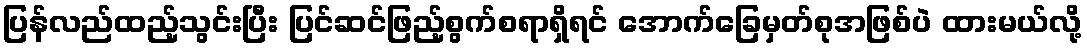
ပြန်လည်ထည့်သွင်းပြီး ပြင်ဆင်ဖြည့်စွက်စရာရှိရင် အောက်ခြေမှတ်စုအဖြစ်ပဲ ထားမယ်လို့